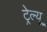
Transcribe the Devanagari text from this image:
ट्रेल्यू